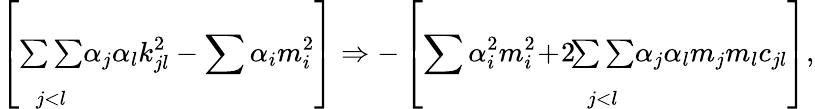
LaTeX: \left[\begin{array}{c}{{{}}}\\ {{{\sum\sum}}}\\ {{{}_{j<l}}}\end{array}\alpha_{j}\alpha_{l}k_{jl}^{2}-\sum\alpha_{i}m_{i}^{2}\right]\Rightarrow-\left[\sum\alpha_{i}^{2}m_{i}^{2}\! +\! 2\! \begin{array}{c}{{{}}}\\ {{{\sum\sum}}}\\ {{{}_{j<l}}}\end{array}\alpha_{j}\alpha_{l}m_{j}m_{l}c_{jl}\right],